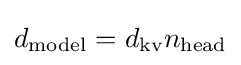
d_{\text{model}}=d_{\text{kv}}n_{\text{head}}